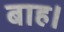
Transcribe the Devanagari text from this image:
बाह।